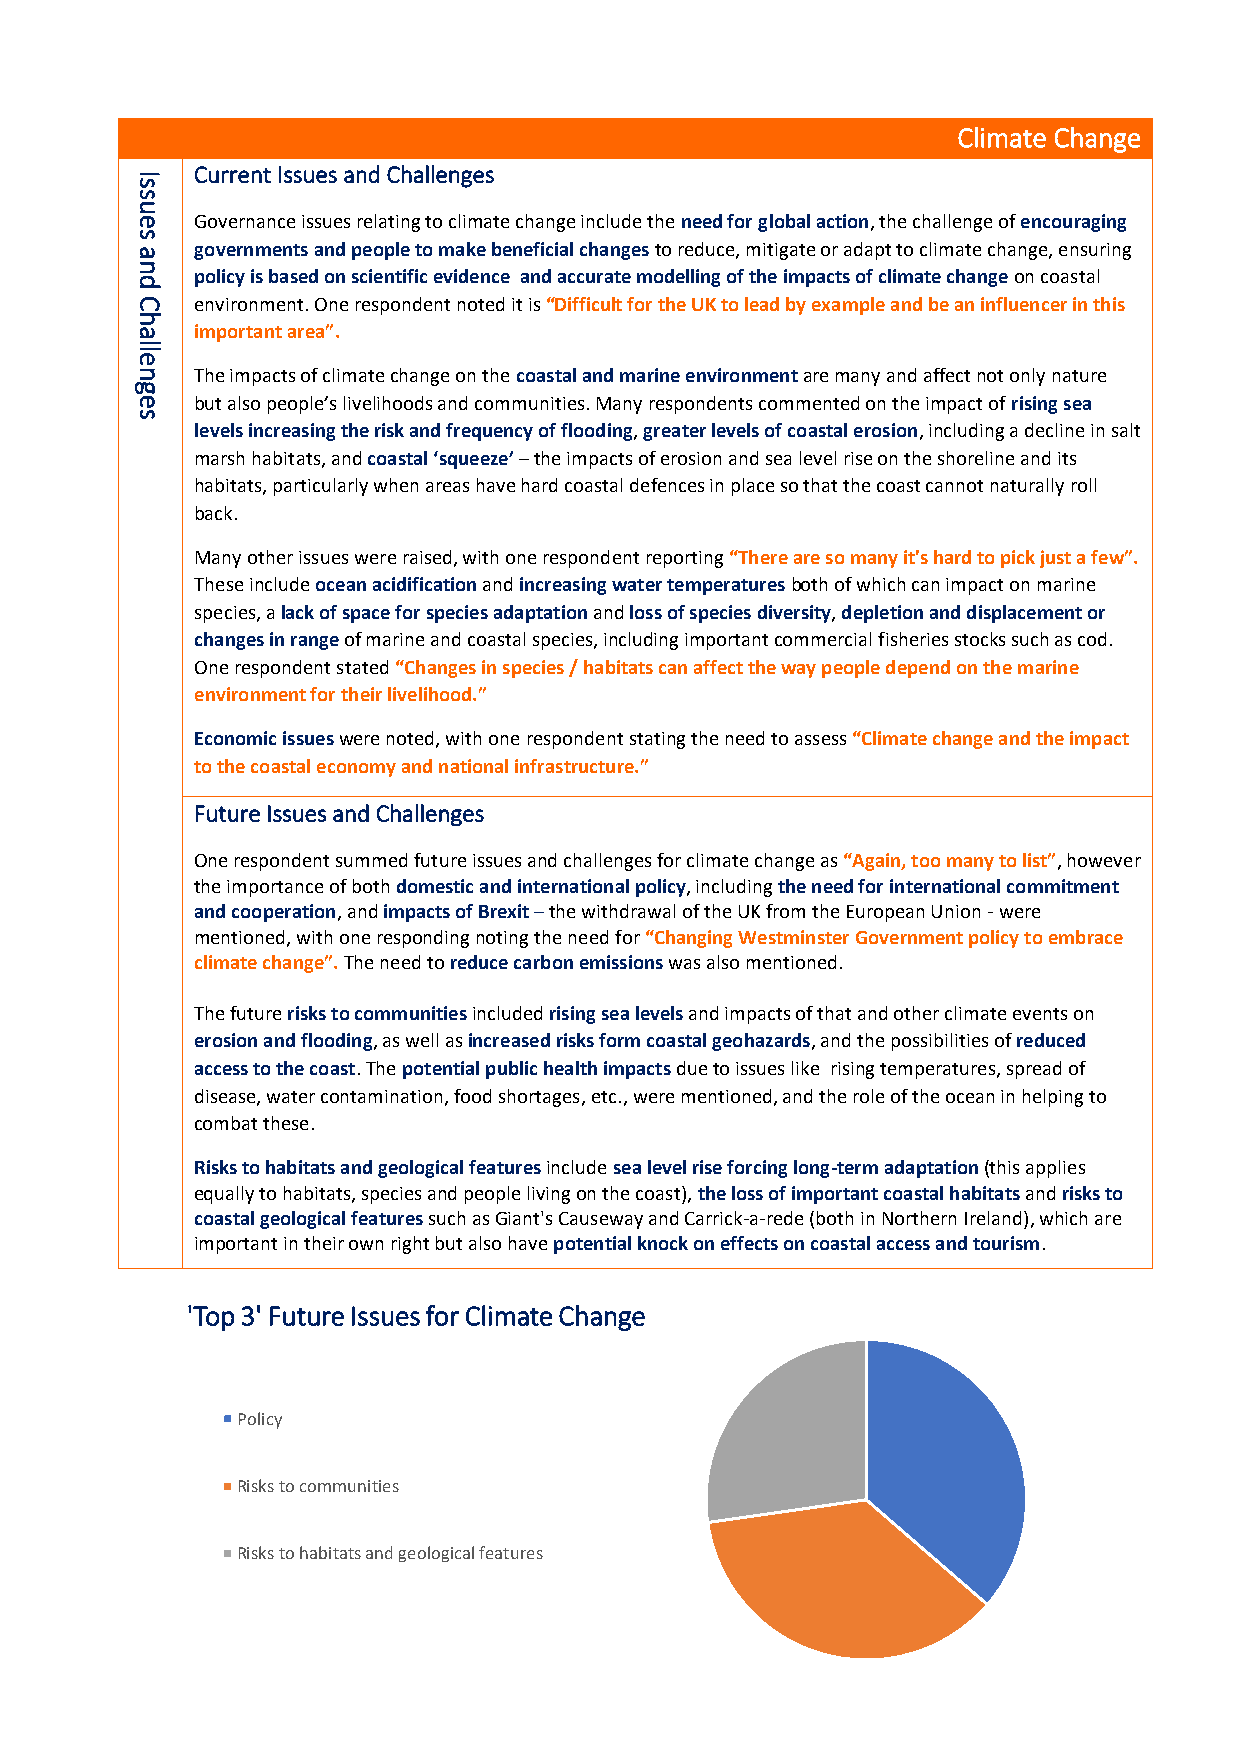
Climate Change
 Current Issues and Challenges
 I
 s
 s
 u
 e   Governance issues relating to climate change include the need for global action, the challenge of encouraging
 s
 a   governments and people to make beneficial changes to reduce, mitigate or adapt to climate change, ensuring
 n
 policy is based on scientific evidence and accurate modelling of the impacts of climate change on coastal
 d
 C   environment. One respondent noted it is “Difficult for the UK to lead by example and be an influencer in this
 h
 a   important area”.
 lle
 n   The impacts of climate change on the coastal and marine environment are many and affect not only nature
 g
 e   but also people’s livelihoods and communities. Many respondents commented on the impact of rising sea
 s
 levels increasing the risk and frequency of flooding, greater levels of coastal erosion, including a decline in salt
 marsh habitats, and coastal ‘squeeze’ – the impacts of erosion and sea level rise on the shoreline and its
 habitats, particularly when areas have hard coastal defences in place so that the coast cannot naturally roll
 back.
 Many other issues were raised, with one respondent reporting “There are so many it's hard to pick just a few”.
 These include ocean acidification and increasing water temperatures both of which can impact on marine
 species, a lack of space for species adaptation and loss of species diversity, depletion and displacement or
 changes in range of marine and coastal species, including important commercial fisheries stocks such as cod.
 One respondent stated “Changes in species / habitats can affect the way people depend on the marine
 environment for their livelihood.”
 Economic issues were noted, with one respondent stating the need to assess “Climate change and the impact
 to the coastal economy and national infrastructure.”
 Future Issues and Challenges
 One respondent summed future issues and challenges for climate change as “Again, too many to list”, however
 the importance of both domestic and international policy, including the need for international commitment
 and cooperation, and impacts of Brexit – the withdrawal of the UK from the European Union - were
 mentioned, with one responding noting the need for “Changing Westminster Government policy to embrace
 climate change”. The need to reduce carbon emissions was also mentioned.
 The future risks to communities included rising sea levels and impacts of that and other climate events on
 erosion and flooding, as well as increased risks form coastal geohazards, and the possibilities of reduced
 access to the coast. The potential public health impacts due to issues like rising temperatures, spread of
 disease, water contamination, food shortages, etc., were mentioned, and the role of the ocean in helping to
 combat these.
 Risks to habitats and geological features include sea level rise forcing long-term adaptation (this applies
 equally to habitats, species and people living on the coast), the loss of important coastal habitats and risks to
 coastal geological features such as Giant's Causeway and Carrick-a-rede (both in Northern Ireland), which are
 important in their own right but also have potential knock on effects on coastal access and tourism.
 'Top 3' Future Issues for Climate Change
 Policy
 Risks to communities
 Risks to habitats and geological features